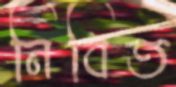
নিবিত